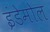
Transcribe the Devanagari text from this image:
इंडेमोल